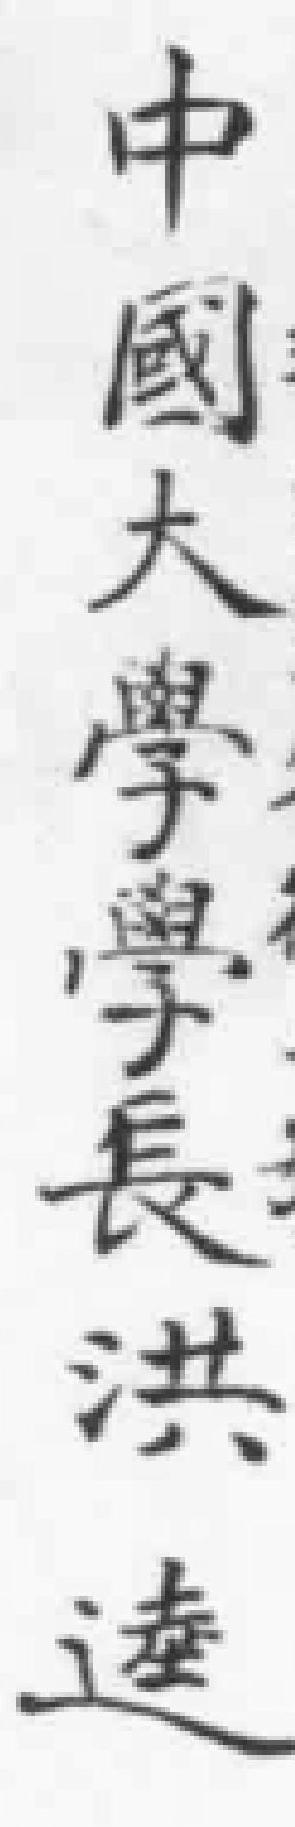
中國大學學長洪達